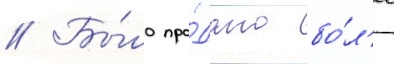
// Бы́ло про́дано бо́л'ее